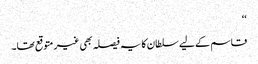
‘‘
قاسم کے لیے سلطان کا یہ فیصلہ بھی غیر متوقع تھا۔